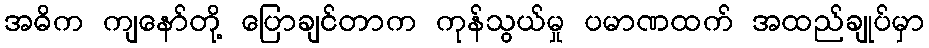
အဓိက ကျနော်တို့ ပြောချင်တာက ကုန်သွယ်မှု ပမာဏထက် အထည်ချုပ်မှာ